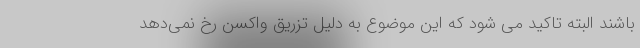
باشند البته تاکید می شود که این موضوع به دلیل تزریق واکسن رخ نمی‌دهد